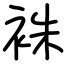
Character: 袾